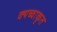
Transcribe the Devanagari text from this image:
क्यच्वाकृत